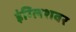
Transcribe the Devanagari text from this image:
इंग्लिशवर